Report on vaccination in Madras 1895-1903 - 1895-1903
Year: 1895
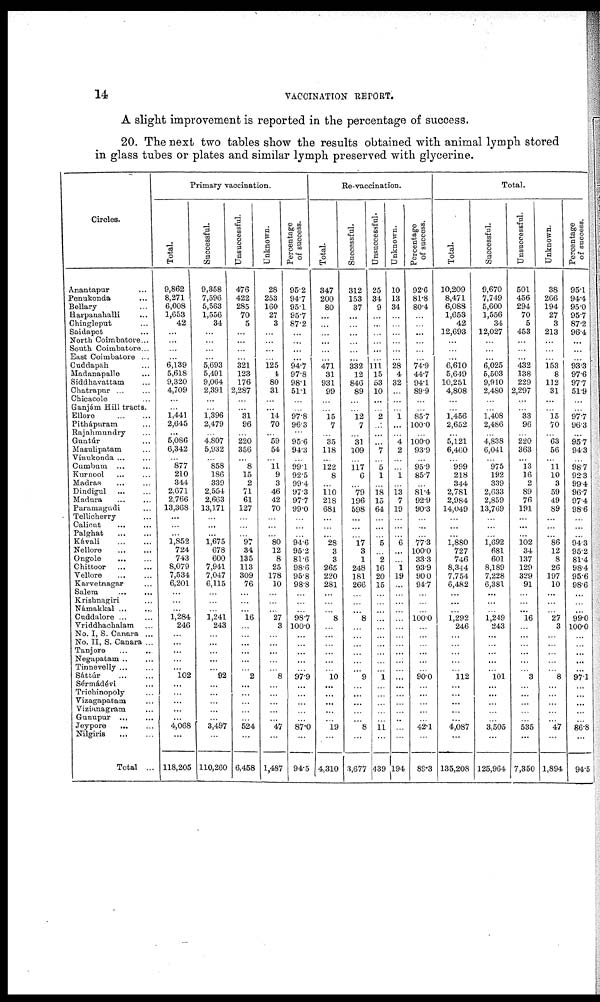
14
VACCINATION REPORT.
A slight improvement is reported in the percentage of success.
20. The next two tables show the results obtained with animal lymph stored
in glass tubes or plates and similar lymph preserved with glycerine.
Circles.
Anantapur ...
Penukonda ...
Bellary ...
Harpanahalli ...
Chingleput ...
Saidapet ...
North Coimbatore...
South Coimbatore...
East Coimbatore ...
Cuddapah ...
Madanapalle ...
Siddhavattam ...
Chatrapur ... ...
Chicacole ...
Ganjám Hill tracts.
Ellore
...
...
Pithápuram ...
Rajahmundry ...
Guntúr ...
Masulipatam ...
Vinukonda ... ...
Cumbum ... ...
Kurnool ... ...
Madras ... ...
Dindigul ... ...
Madura
...
...
Paramagudi ...
Tellicherry ...
Calicut
...
...
Palghat
...
...
Kávali
...
...
Nellore
...
...
Ongole
...
...
Chittoor ... ...
Vellore ... ...
Karvetnagar ...
Salem ... ...
Krishnagiri ...
Námakkal ... ...
Cuddalore ... ...
Vriddhachalam ...
No. I, S. Canara ...
No. II, S. Canara ...
Tanjore
...
...
Negapatam .. ...
Tinnevelly ... ...
Sáttúr
...
...
Sérmádévi ...
Trichinopoly ...
Vizagapatam ...
Vizianagram ...
Gunupur
...
...
Jeypore
... ...
Nilgiris
... ...
Total ...
Primary vaccination.
Total.
9,862
8,271
6,008
1,653
42
...
...
...
...
6,139
5,618
9,320
4,709
...
...
1,441
2,645
...
5,086
6,342
...
877
210
344
2,671
2,766
13,368
...
...
...
1,852
724
743
8,079
7,534
6,201
...
...
...
1,284
246
...
...
...
...
...
102
...
...
...
...
...
4,068
...
118,205
Successful.
9,358
7,596
5,563
1,556
34
...
...
...
...
5,693
5,491
9,064
2,391
...
...
1,396
2,479
...
4,807
5,932
...
858
186
339
2,554
2,663
13,171
...
...
...
1,675
678
600
7,941
7,047
6,115
...
...
...
1,241
243
...
...
...
...
...
92
...
...
...
...
...
3,497
...
110,260
Unsuccessful.
476
422
285
70
5
...
...
...
...
321
123
176
2,287
...
...
31
96
...
220
356
...
8
15
2
71
61
127
...
...
...
97
34
135
113
309
76
...
...
...
16
...
...
...
...
...
...
2
...
...
...
...
...
524
...
6,458
Unknown.
28
253
160
27
3
...
...
...
...
125
4
80
31
...
...
14
70
...
59
54
...
11
9
3
46
42
70
...
...
...
80
12
8
25
178
10
...
...
...
27
3
...
...
...
...
...
8
...
...
...
...
...
47
...
1,487
Percentage
of success.
95.2
94.7
95.1
95.7
87.2
...
...
...
...
94.7
97.8
98.1
51.1
...
...
97.8
96.3
...
95.6
94.3
...
99.1
92.5
99.4
97.3
97.7
99.0
...
...
...
94.6
95.2
81.6
98.6
95.8
98.8
...
...
...
98.7
100.0
...
...
...
...
...
97.9
...
...
...
...
...
87.0
...
94.5
Re-vaccination.
Total.
347
200
80
...
...
...
...
...
...
471
31
931
99
...
...
15
7
...
35
118
...
122
8
...
110
218
681
...
...
...
28
3
3
265
220
281
...
...
...
8
...
...
...
...
...
...
10
...
...
...
...
...
19
...
4,310
Successful.
312
153
37
...
...
...
...
...
...
332
12
846
89
...
...
12
7
...
31
109
...
117
6
...
79
196
598
...
...
...
17
3
1
248
181
266
...
...
...
8
...
...
...
...
...
...
9
...
...
...
...
...
8
...
3,677
Unsuccessful.
25
34
9
...
...
...
...
...
...
111
15
53
10
...
...
2
...
...
...
7
...
5
1
...
18
15
64
...
...
...
5
...
2
16
20
15
...
...
...
...
...
...
...
...
...
...
1
...
...
...
...
...
11
...
439
Unknown.
10
13
34
...
...
...
...
...
...
28
4
32
...
...
...
1
...
...
4
2
...
...
1
...
13
7
19
...
...
...
6
...
...
1
19
...
...
...
...
...
...
...
...
...
...
...
...
...
...
...
...
...
...
...
194
Percentage
of success.
92.6
81.8
80.4
...
...
...
...
...
...
74.9
44.7
94.1
89.9
...
...
85.7
100.0
...
100.0
93.9
...
95.9
85.7
...
81.4
92.9
90.3
...
...
...
77.3
100.0
33.3
93.9
90.0
94.7
...
...
...
100.0
...
...
...
...
...
...
90.0
...
...
...
...
...
42.1
...
89.3
Total.
Total.
10,209
8,471
6,088
1,653
42
12,693
...
...
...
6,610
5,649
10,251
4,808
...
...
1,456
2,652
...
5,121
6,460
...
999
218
344
2,781
2,984
14,049
...
...
...
1,880
727
746
8,344
7,754
6,482
...
...
...
1,292
246
...
...
...
...
...
112
...
...
...
...
...
4,087
...
135,208
Successful.
9,670
7,749
5,600
1,556
34
12,027
...
...
...
6,025
5,503
9,910
2,480
...
...
1,408
2,486
...
4,838
6,041
...
975
192
339
2,633
2,859
13,769
...
...
...
1,692
681
601
8,189
7,228
6,381
...
...
...
1,249
243
...
...
...
...
...
101
...
...
...
...
...
3,505
...
125,964
Unsuccessful.
501
456
294
70
5
453
...
...
...
432
138
229
2,297
...
...
33
96
...
220
363
...
13
16
2
89
76
191
...
...
...
102
34
137
129
329
91
...
...
...
16
...
...
...
...
...
...
3
...
...
...
...
...
535
...
7,350
Unknown.
38
266
194
27
3
213
...
...
...
153
8
112
31
...
...
15
70
...
63
56
...
11
10
3
59
49
89
...
...
...
86
12
8
26
197
10
...
...
...
27
3
...
...
...
...
...
8
...
...
...
...
...
47
...
1,894
Percentage
of success.
95.1
94.4
95.0
95.7
87.2
96.4
...
...
...
93.3
97.6
97.7
51.9
...
...
97.7
96.3
...
95.7
94.3
...
98.7
92.3
99.4
96.7
97.4
98.6
...
...
...
94.3
95.2
81.4
98.4
95.6
98.6
...
...
...
99.0
100.0
...
...
...
...
...
97.1
...
...
...
...
...
86.8
...
94.5